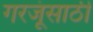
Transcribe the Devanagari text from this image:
गरजूंसाठी